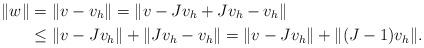
LaTeX: \begin{align*}\|w\|&=\|v-v_h\|=\|v-J v_h + J v_h -v_h\|\\&\leq \|v-Jv_h\|+\|Jv_h-v_h\|= \|v-Jv_h\|+\|(J-1)v_h\|.\end{align*}